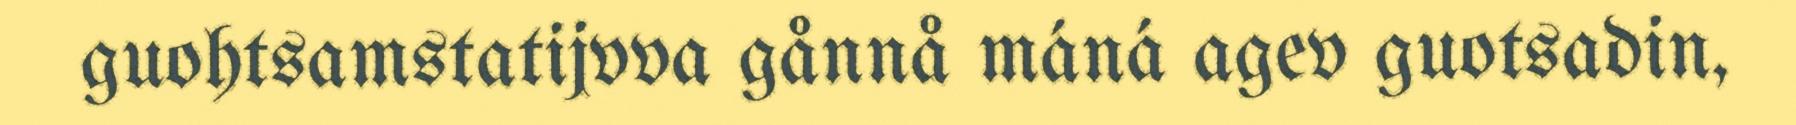
guohtsamstatijvva gånnå máná agev guotsadin,